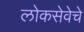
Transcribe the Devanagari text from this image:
लोकसेवेचे